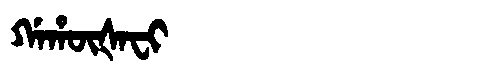
Manchu: ᡤᠠᡥᡡᡧᠠᠸᡳ
Romanization: GAHŪŠAFI